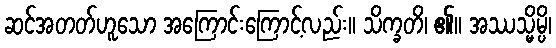
ဆင်အတတ်ဟူသော အကြောင်းကြောင့်လည်း။ သိက္ခတိ၊ ၏။ အဿသ္မိမ္ပိ၊